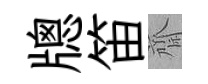
牕笛齋